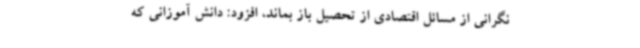
نگرانی از مسائل اقتصادی از تحصیل باز بماند، افزود: دانش آموزانی که